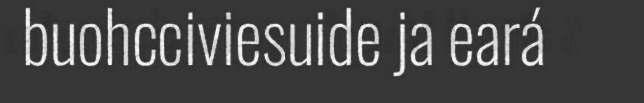
buohcciviesuide ja eará